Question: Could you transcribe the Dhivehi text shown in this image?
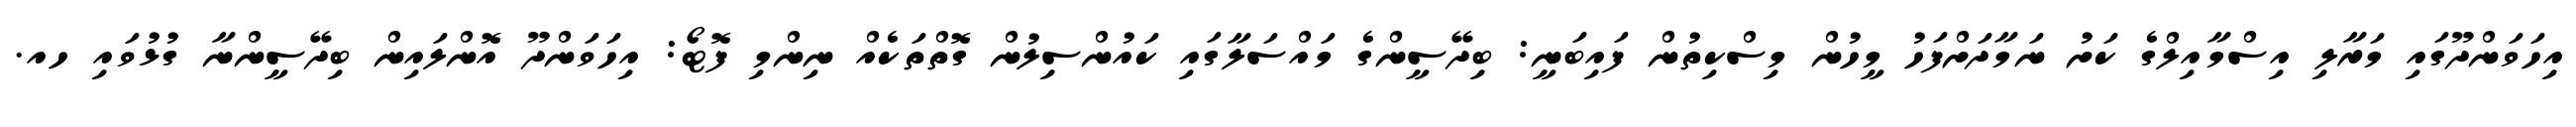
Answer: އިހަވަންދޫގައި މަރާލި އިސްމާއިލްގެ ކަށު ނަމާދަށްފަހު މީހުން މިސްކިތުން ފައިބަނީ: ބިދޭސީންގެ މައްސަލާގައި ކައުންސިލުން ގޮތްތަކެއް ނިންމި ފޮޓޯ: އިހަވަންދޫ އޮންލައިން ބިދޭސީންނާ ގުޅުވައި ހއ.